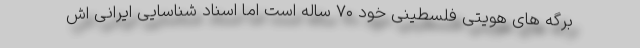
برگه های هویتی فلسطینی خود ۷۰ ساله است اما اسناد شناسایی ایرانی اش